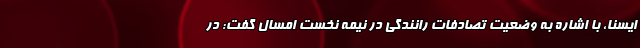
ایسنا، با اشاره به وضعیت تصادفات رانندگی در نیمه نخست امسال گفت: در